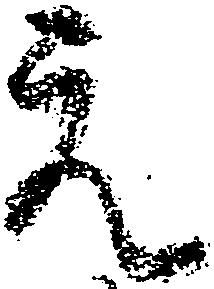
元